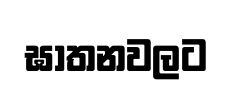
ඝාතනවලට